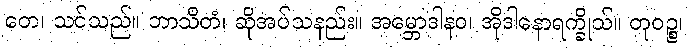
တေ၊ သင်သည်။ ဘာသိတံ၊ ဆိုအပ်သနည်း။ အမ္ဘောဒါနဝ၊ အိုဒါနောရက္ခိုသ်။ တုဝဉ္စ၊